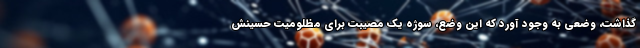
گذاشت، وضعی به وجود آورد که این وضع، سوژه یک مصیبت برای مظلومیت حسینش